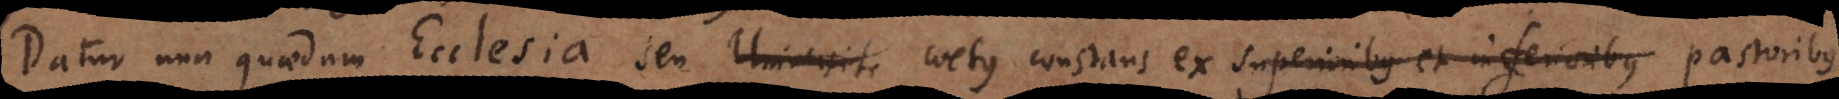
Datur una quaedam Ecclesia seu Universit coetus constans ex superioribus et inferioribus pastoribus.